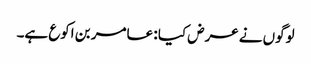
لوگوں نے عرض کیا : عامر بن اکوع ہے۔